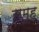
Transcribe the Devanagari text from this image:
समूूह